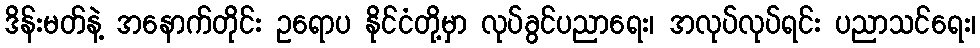
ဒိန်းမတ်နဲ့ အနောက်တိုင်း ဥရောပ နိုင်ငံတို့မှာ လုပ်ခွင်ပညာရေး၊ အလုပ်လုပ်ရင်း ပညာသင်ရေး၊